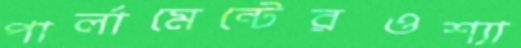
পার্লামেন্টেরওশ্যা